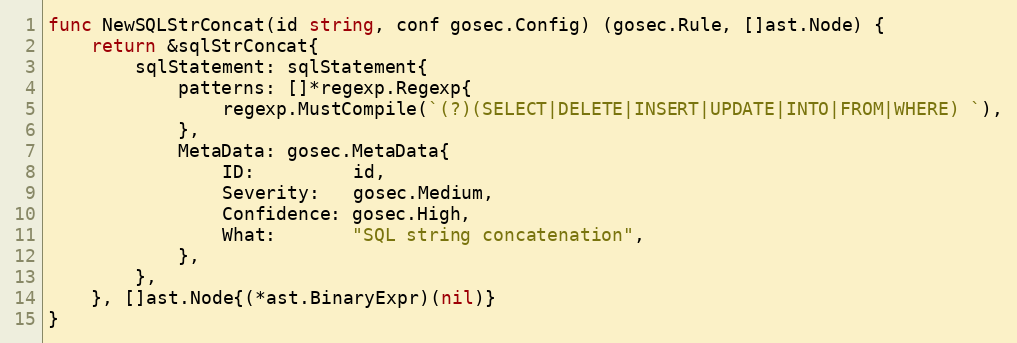
Language: Go
func NewSQLStrConcat(id string, conf gosec.Config) (gosec.Rule, []ast.Node) {
	return &sqlStrConcat{
		sqlStatement: sqlStatement{
			patterns: []*regexp.Regexp{
				regexp.MustCompile(`(?)(SELECT|DELETE|INSERT|UPDATE|INTO|FROM|WHERE) `),
			},
			MetaData: gosec.MetaData{
				ID:         id,
				Severity:   gosec.Medium,
				Confidence: gosec.High,
				What:       "SQL string concatenation",
			},
		},
	}, []ast.Node{(*ast.BinaryExpr)(nil)}
}